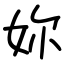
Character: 妳